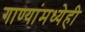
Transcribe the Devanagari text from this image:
गाण्यांमध्येही